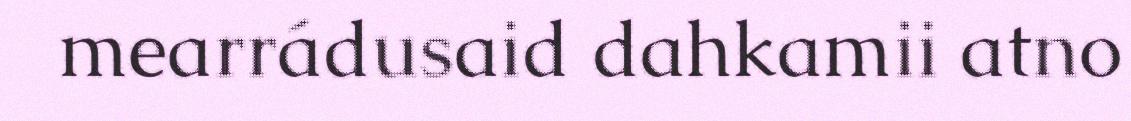
mearrádusaid dahkamii atno